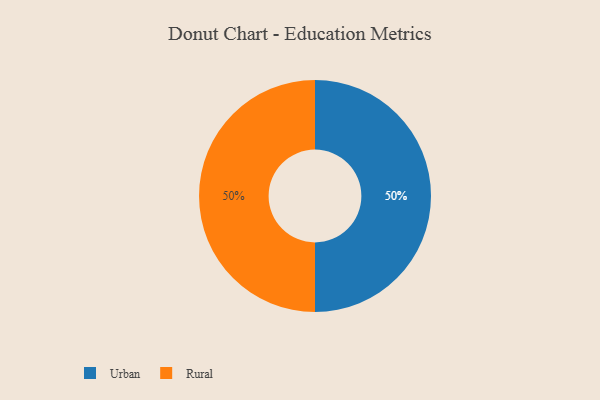
{"axis": {"x": "Category", "y": "Percentage"}, "legend": ["Rural", "Urban"], "data": [{"x": "Urban", "y": 50, "type": "Urban"}, {"x": "Rural", "y": 50, "type": "Rural"}]}